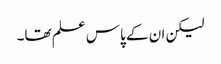
لیکن ان کے پاس علم تھا۔